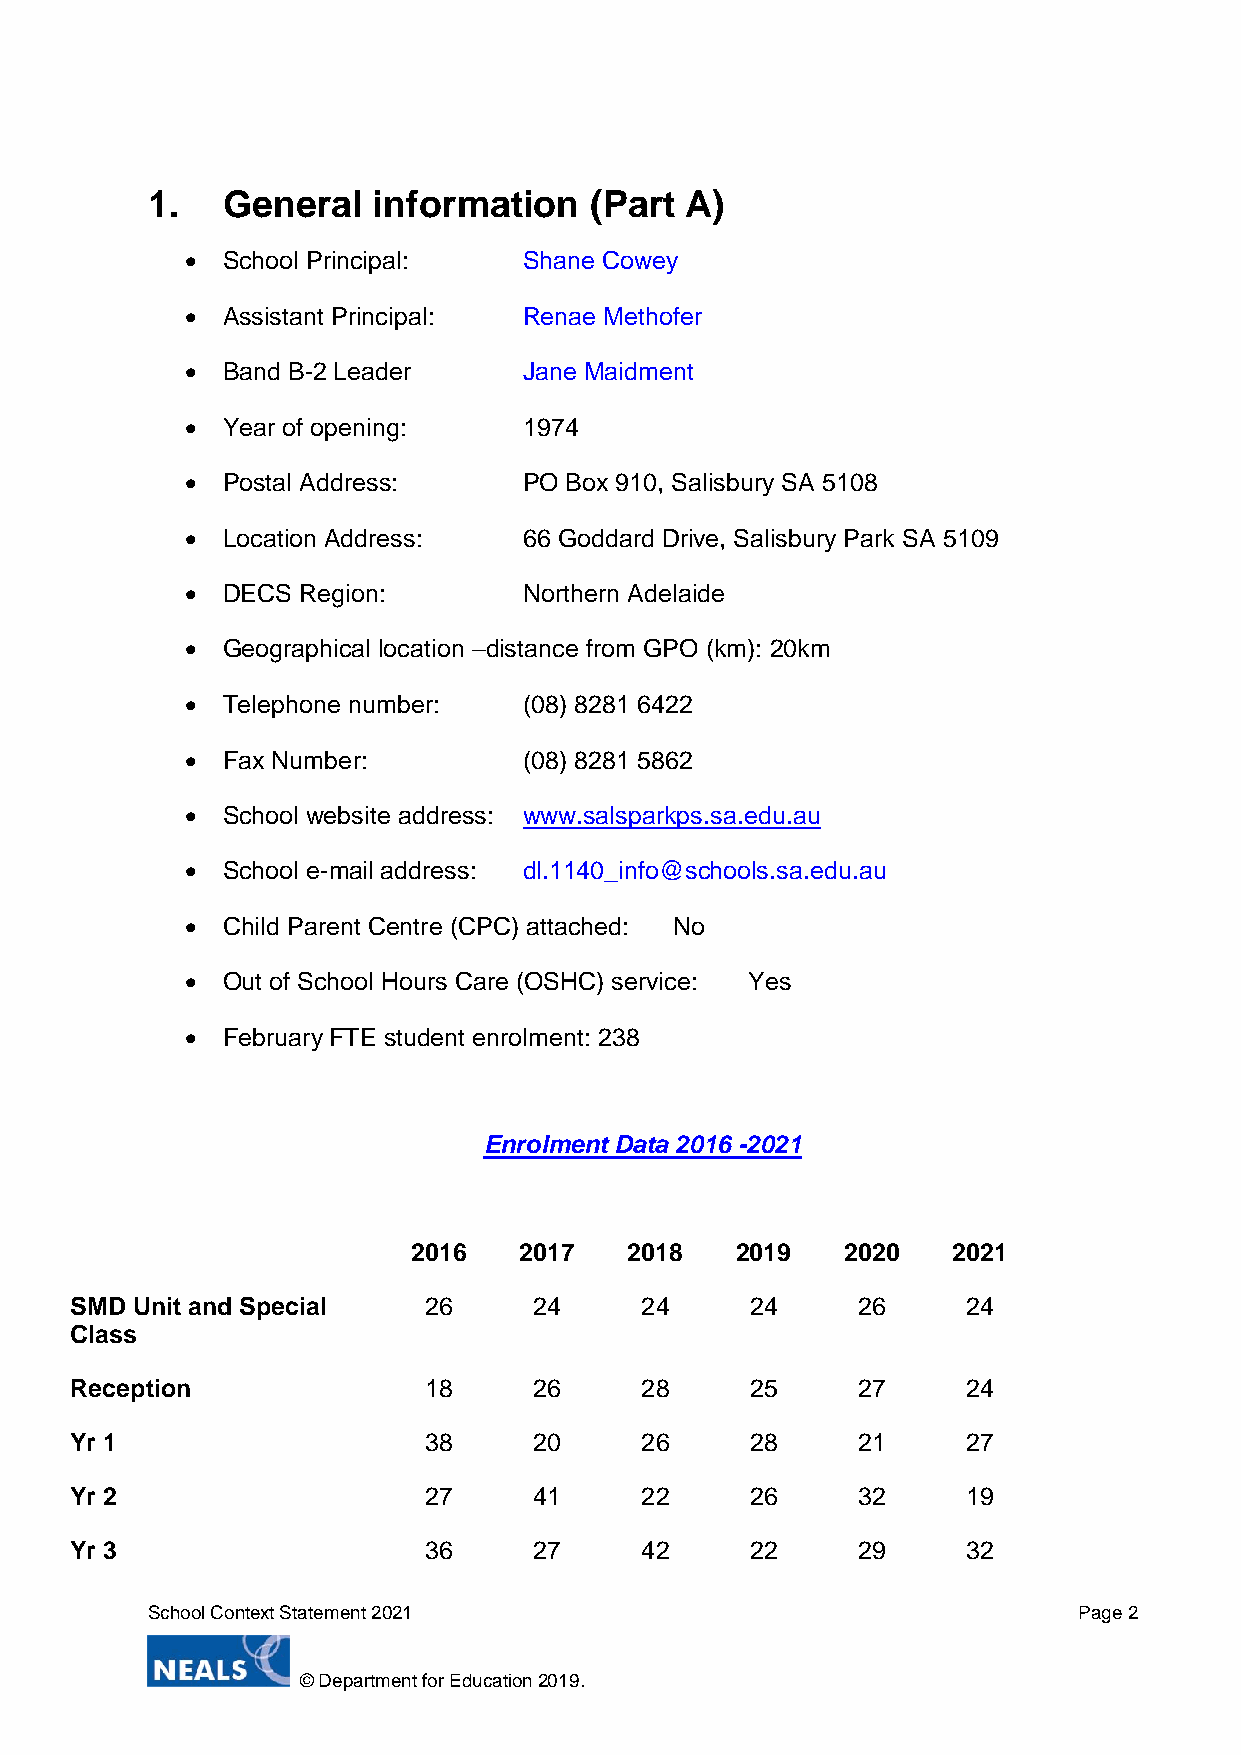
1.   General   information   (Part A)
   School Principal:   Shane Cowey
   Assistant Principal: Renae Methofer
   Band B-2 Leader     Jane Maidment
   Year of opening:    1974
   Postal Address:     PO Box 910, Salisbury SA 5108
   Location Address:   66 Goddard Drive, Salisbury Park SA 5109
   DECS Region:        Northern Adelaide
   Geographical location –distance from GPO (km): 20km
   Telephone number:   (08) 8281 6422
   Fax Number:         (08) 8281 5862
   School website address: www.salsparkps.sa.edu.au
   School e-mail address: dl.1140_info@schools.sa.edu.au
   Child Parent Centre (CPC) attached: No
   Out of School Hours Care (OSHC) service: Yes
   February FTE student enrolment: 238
 Enrolment Data 2016 -2021
 2016   2017    2018   2019   2020   2021
 SMD Unit and Special   26     24     24      24     26     24
 Class
 Reception              18     26     28      25     27     24
 Yr 1                   38     20     26      28     21     27
 Yr 2                   27     41     22      26     32     19
 Yr 3                   36     27     42      22     29     32
 School Context Statement 2021                                Page 2
 © Department for Education 2019.